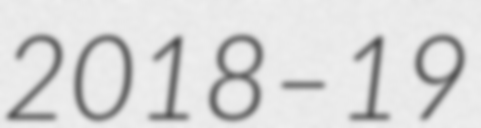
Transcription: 2018–19